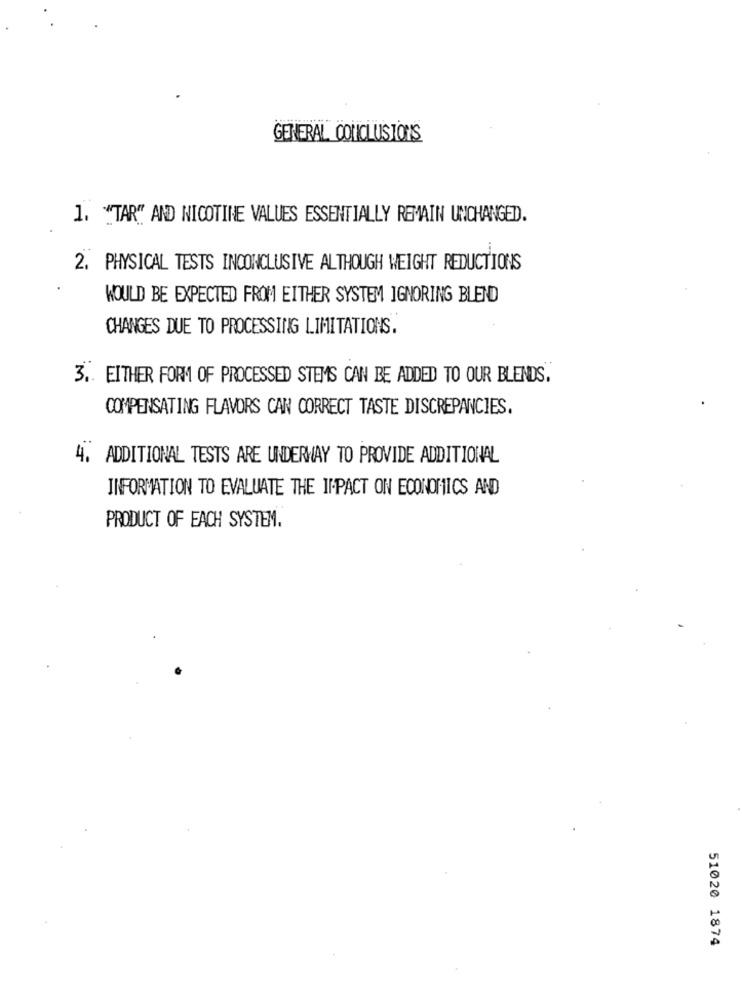
GENERAL CONCLUSIONS
1. "TAR" AND NICOTINE VALUES ESSENTIALLY REMAIN UNCHANGED.
2. PHYSICAL TESTS INCONCLUSIVE ALTHOUGH WEIGHT REDUCTIONS
WOULD BE EXPECTED FROM EITHER SYSTEM IGNORING BLEND
CHANGES DUE TO PROCESSING LIMITATIONS.
3 .. EITHER FORM OF PROCESSED STEMS CAN BE ADDED TO OUR BLENDS.
COMPENSATING FLAVORS CAN CORRECT TASTE DISCREPANCIES.
4. ADDITIONAL TESTS ARE UNDERWAY TO PROVIDE ADDITIONAL
INFORMATION TO EVALUATE THE IMPACT ON ECONOMICS AND
PRODUCT OF EACH SYSTEM.
51020 1874